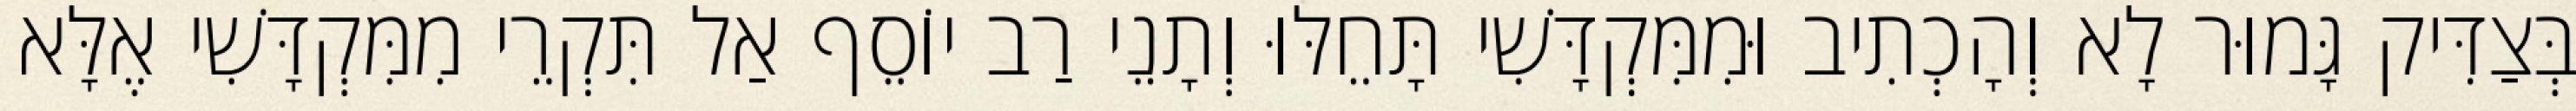
בְּצַדִּיק גָּמוּר לָא וְהָכְתִיב וּמִמִּקְדָּשִׁי תָּחֵלּוּ וְתָנֵי רַב יוֹסֵף אַל תִּקְרֵי מִמִּקְדָּשִׁי אֶלָּא